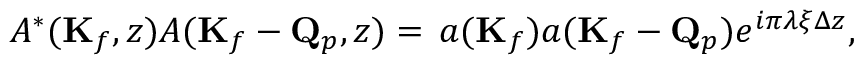
A ^ { * } ( \mathbf { K } _ { f } , z ) A ( \mathbf { K } _ { f } - \mathbf { Q } _ { p } , z ) = \, a ( \mathbf { K } _ { f } ) a ( \mathbf { K } _ { f } - \mathbf { Q } _ { p } ) e ^ { i \pi \lambda \xi \Delta z } ,